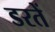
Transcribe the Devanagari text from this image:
डरतें